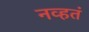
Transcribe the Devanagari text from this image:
नव्‍हतं